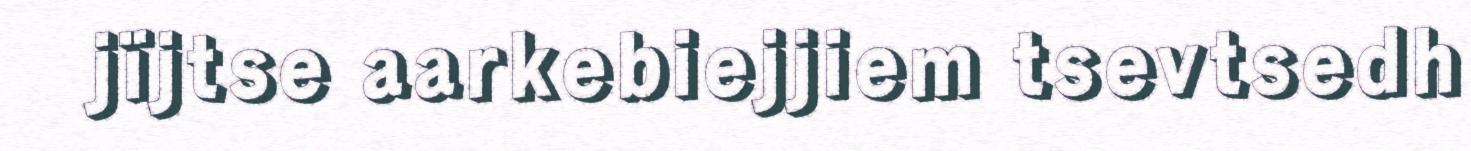
jïjtse aarkebiejjiem tsevtsedh